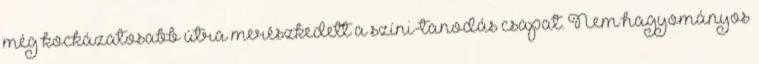
még kockázatosabb útra merészkedett a színi-tanodás csapat. Nem hagyományos